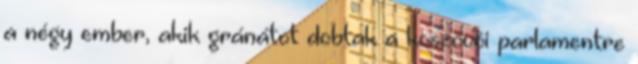
a négy ember, akik gránátot dobtak a koszovói parlamentre